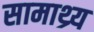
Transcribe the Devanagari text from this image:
सामाथ्र्य